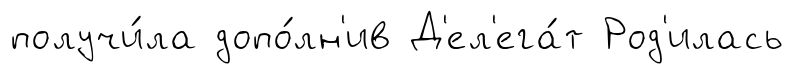
получи́ла допо́лн'ив Д'ел'ега́т Род'илась